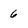
Character: 6